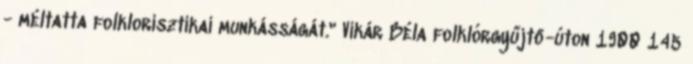
- méltatta folklorisztikai munkásságát." Vikár Béla folklórgyűjtő-úton 1900 145